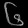
Digit: ၆